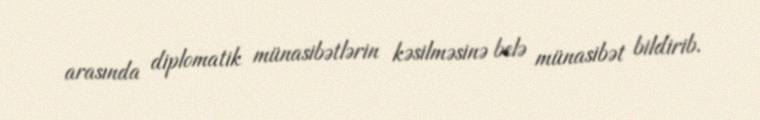
arasında diplomatik münasibətlərin kəsilməsinə belə münasibət bildirib.